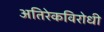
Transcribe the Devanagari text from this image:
अतिरेकविरोधी